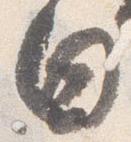
日